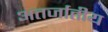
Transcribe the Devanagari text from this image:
अतर्जातीय